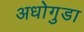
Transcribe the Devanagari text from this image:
अधोगुडा